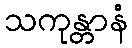
သကုန္တာနံ